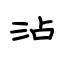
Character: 沾